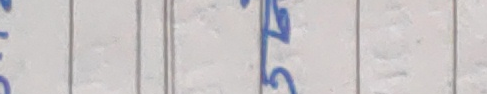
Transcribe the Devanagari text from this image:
खु